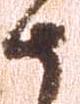
由